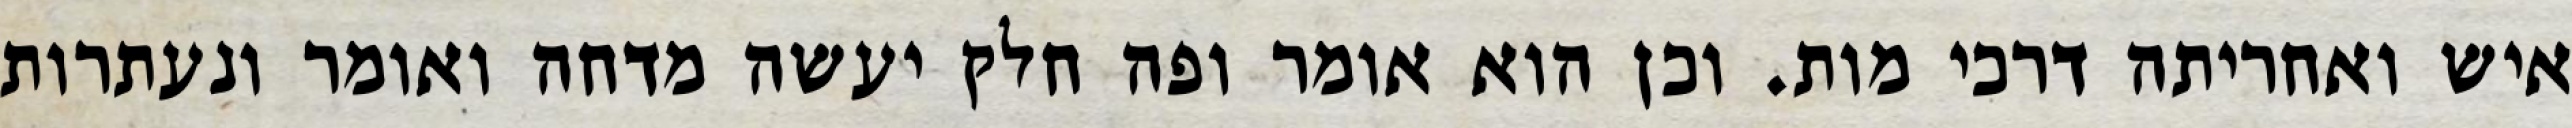
איש ואחריתה דרכי מות. וכן הוא אומר ופה חלק יעשה מדחה ואומר ונעתרות